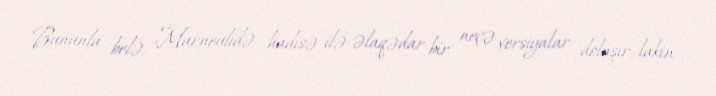
Bununla belə, Marneulidə hadisə ilə əlaqədar bir neçə versiyalar dolaşır, lakin